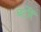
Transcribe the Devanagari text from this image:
बटोरें